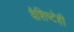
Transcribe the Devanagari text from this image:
वैशिष्टेही